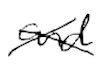
Text: and
Cross-out: cross
Writing tool: digital_black